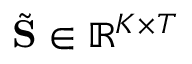
\tilde { \bf S } \in \mathbb { R } ^ { K \times T }